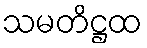
သမတိဋ္ဌထ